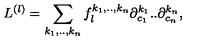
L ^ { ( l ) } = \sum _ { k _ { 1 } , . . , k _ { n } } f _ { l } ^ { k _ { 1 } , . . , k _ { n } } \partial _ { c _ { 1 } } ^ { k _ { 1 } } . . \partial _ { c _ { n } } ^ { k _ { n } } ,